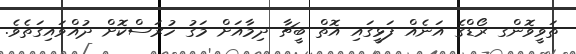
ތަވީވޮންގ ރޯޑްގެ އަނެއް ފަޅީގައި އޮތް ބީޗާ ދިމާއަށް މަގު ހުރަސްކޮށް ދުއްވައިގަތެވެ.